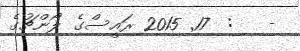
-   :  17